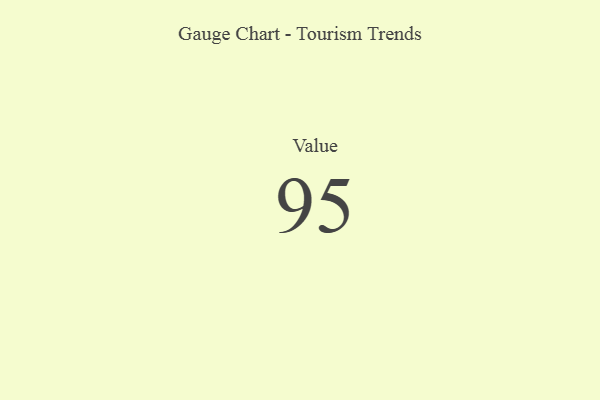
{"axis": {"x": "Metric", "y": "Value"}, "legend": [""], "data": [{"x": "Value", "y": 95, "type": ""}]}